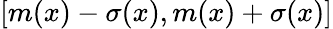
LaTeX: [m(x)-\sigma(x),m(x)+\sigma(x)]